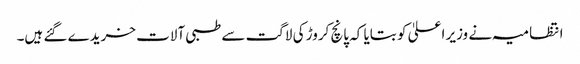
انتظامیہ نے وزیر اعلیٰ کو بتایا کہ پانچ کروڑ کی لاگت سے طبی آلات خریدے گئے ہیں۔